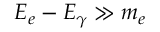
E _ { e } - E _ { \gamma } \gg m _ { e }